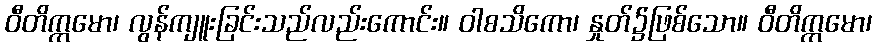
ဝီတိက္ကမော၊ လွန်ကျူးခြင်းသည်လည်းကောင်း။ ဝါစသိကော၊ နှုတ်၌ဖြစ်သော။ ဝီတိက္ကမော၊